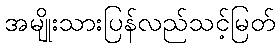
အမျိုးသားပြန်လည်သင့်မြတ်